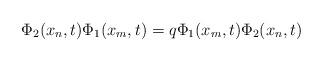
LaTeX: \begin{align*}\Phi_{2}(x_{n},t)\Phi_{1}(x_{m},t)=q\Phi_{1}(x_{m},t)\Phi_{2}(x_{n},t)\end{align*}